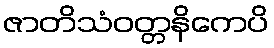
ဇာတိသံဝတ္တနိကေပိ